Vaccination in the Punjab 1883-1896 - 1883-1896
Year: 1883
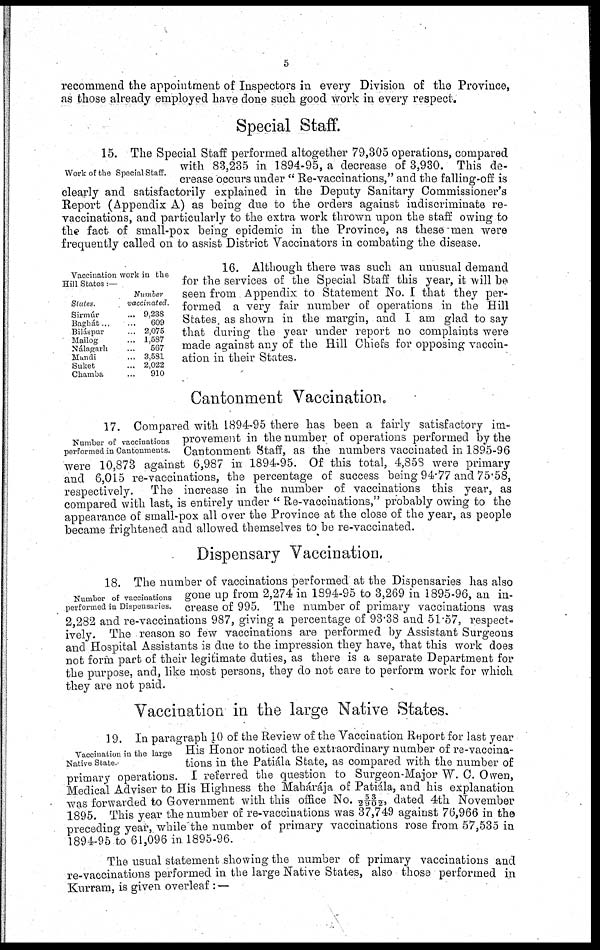
5
recommend the appointment of Inspectors in every Division of the Province,
as those already employed have done such good work in every respect.
Work of the Special Staff.
Special Staff.
15. The Special Staff performed altogether 79,305 operations, compared
with 83,235 in 1894-95, a decrease of 3,930. This de-
crease occurs under " Re-vaccinations," and the falling-off is
clearly and satisfactorily explained in the Deputy Sanitary Commissioner's
Report (Appendix A) as being due to the orders against indiscriminate re-
vaccinations, and particularly to the extra work thrown upon the staff owing to
the fact of small-pox being epidemic in the Province, as these men were
frequently called on to assist District Vaccinators in combating the disease.
Vaccination work in the
Hill States:—
States.
Sirmúr ...
Baghát ...
Biláspur ...
Mailog ...
Nálagarh ...
Mandi ...
Suket ...
Chamba ...
Number
vaccinated.
9,238
609
2,075
1,587
567
3,581
2,022
910
16. Although there was such an unusual demand
for the services of the Special Staff this year, it will be
seen from Appendix to Statement No. I that they per-
formed a very fair number of operations in the Hill
States. as shown in the margin, and I am glad to say
that during the year under report no complaints were
made against any of the Hill Chiefs for opposing vaccin
ation in their States.
Cantonment Vaccination.
Number of vaccinations
performed in Cantonments.
17. Compared with 1894-95 there has been a fairly satisfactory im-
provement in the number of operations performed by the
Cantonment Staff, as the numbers vaccinated in 1895-96
were 10,873 against 6,987 in 1894-95. Of this total, 4,858 were primary
and 6,015 re-vaccinations, the percentage of success being 94.77 and 75.58,
respectively. The increase in the number of vaccinations this year, as
compared with last, is entirely under " Re-vaccinations," probably owing to the
appearance of small-pox all over the Province at the close of the year, as people
became frightened and allowed themselves to be re-vaccinated.
Dispensary Vaccination,
Number of vaccinations
performed in Dispensaries.
18. The number of vaccinations performed at the Dispensaries has also
gone up from 2,274 in 1894-95 to 3,269 in 1895-96, an in-
crease of 995. The number of primary vaccinations was
2,282 and re-vaccinations 987, giving a percentage of 93.38 and 51.57, respect-
ively. The reason so few vaccinations are performed by Assistant Surgeons
and Hospital Assistants is due to the impression they have, that this work does
not form part of their legitimate duties, as there is a separate Department for
the purpose, and, like most persons, they do not care to perform work for which
they are not paid.
Vaccination in the large Native States.
Vaccination in the large
Native State.
19. In paragraph 10 of the Review of the Vaccination Report for last year
His Honor noticed the extraordinary number of re-vaccina-
tions in the Patiála State, as compared with the number of
primary operations. I referred the question to Surgeon-Major W. C. Owen,
Medical Adviser to His Highness the Mahárája of Patiála, and his explanation
was forwarded to Government with this office No. 53/2902, dated 4th November
1895. This year the number of re-vaccinations was 37,749 against 76,966 in the
preceding year, while the number of primary vaccinations rose from 57,535 in
1894-95 to 61,096 in 1895-96.
The usual statement showing the number of primary vaccinations and
re-vaccinations performed in the large Native States, also those performed in
Kurram, is given overleaf : —